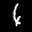
Label: 4